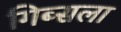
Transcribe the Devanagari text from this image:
गिब्सला